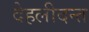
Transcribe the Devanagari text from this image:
देहलीदन्त